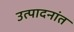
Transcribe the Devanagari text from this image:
उत्पादनांत